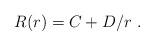
LaTeX: \begin{align*}R(r) = C + D/r \ . \end{align*}